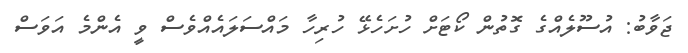
ޖަވާބު: އުސޫލެއްގެ ގޮތުން ކޯޓަށް ހުށަހެޅޭ ހުރިހާ މައްސަލައެއްވެސް ވީ އެންމެ އަވަސް